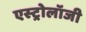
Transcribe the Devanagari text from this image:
एस्‍ट्रोलॉजी